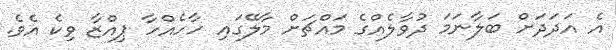
އެ އަދަދަށް ބަލާނަމަ ދުވާލެއްގެ މައްޗަށް މާލޭގައި ހާހެއްހާ ޕިއްޒާ ވިކެ އެވެ.